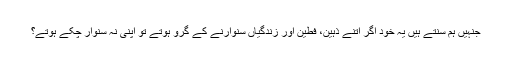
جنہیں ہم سنتے ہیں یہ خود اگر اتنے ذہین، فطین اور زندگیاں سنوارنے کے گرو ہوتے تو اپنی نہ سنوار چکے ہوتے؟